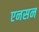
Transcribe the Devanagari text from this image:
एनसन